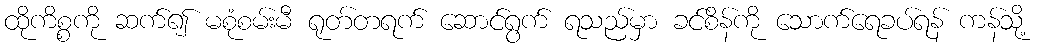
ထိုကိစ္စကို ဆက်၍ မစုံစမ်းမီ ရုတ်တရက် ဆောင်ရွက် ရသည်မှာ ခင်စိန်ကို သောက်ရေခပ်ရန် ကန်သို့